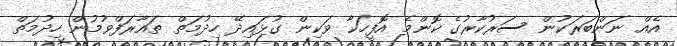
އެއް ނަންބަރަކުން ސަރުކާރުގެ ކޮންމެ އޮފީހަކާ ވަކިން ގުޅައިދޭ ހިދުމަތް ތައާރަފްވުމުން ހިދުމަތް